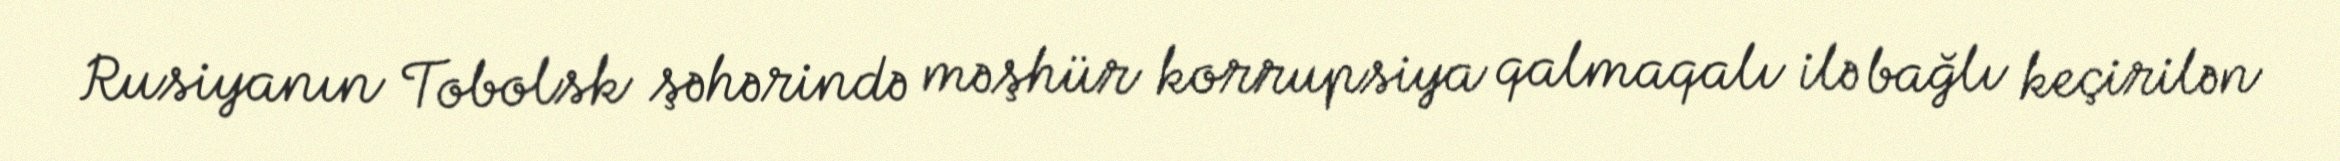
Rusiyanın Tobolsk şəhərində məşhür korrupsiya qalmaqalı ilə bağlı keçirilən